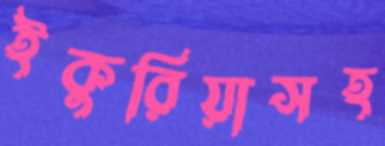
ইকুরিয়াসহ